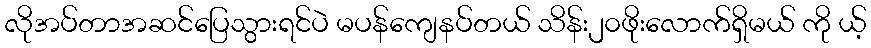
လိုအပ်တာအဆင်ပြေသွားရင်ပဲ မပန်ကျေနပ်တယ် သိန်း၂၀ဖိုးလောက်ရှိမယ် ကို ယ့်